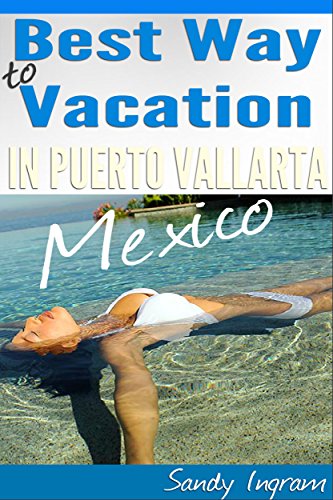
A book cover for Best Way to Vacation in Puerto Vallarta Mexico, Also the Cheapest: A Look Inside of Puerto Vallarta; Sandy Ingram; Travel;